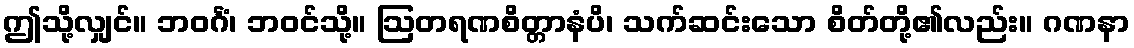
ဤသို့လျှင်။ ဘဝင်္ဂံ၊ ဘဝင်သို့။ ဩတရဏစိတ္တာနံပိ၊ သက်ဆင်းသော စိတ်တို့၏လည်း။ ဂဏနာ